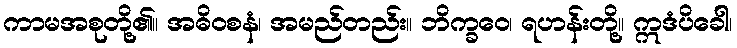
ကာမအစုတို့၏။ အဓိဝစနံ၊ အမည်တည်း။ ဘိက္ခဝေ၊ ရဟန်းတို့။ ဣဒံပိခေါ၊